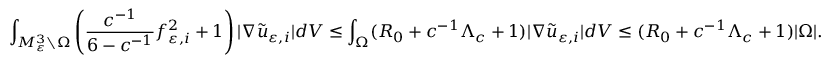
\int _ { M _ { \varepsilon } ^ { 3 } \setminus \Omega } \left( \frac { c ^ { - 1 } } { 6 - c ^ { - 1 } } f _ { \varepsilon , i } ^ { 2 } + 1 \right) | \nabla \Tilde { u } _ { \varepsilon , i } | d V \le \int _ { \Omega } ( R _ { 0 } + c ^ { - 1 } \Lambda _ { c } + 1 ) | \nabla \tilde { u } _ { \varepsilon , i } | d V \le ( R _ { 0 } + c ^ { - 1 } \Lambda _ { c } + 1 ) | \Omega | .